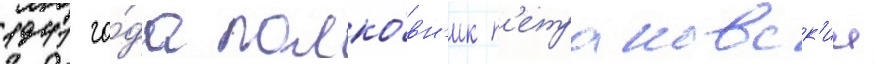
1941 го́да полко́вн'ик п'етраковск'ии